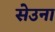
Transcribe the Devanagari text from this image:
सेउना